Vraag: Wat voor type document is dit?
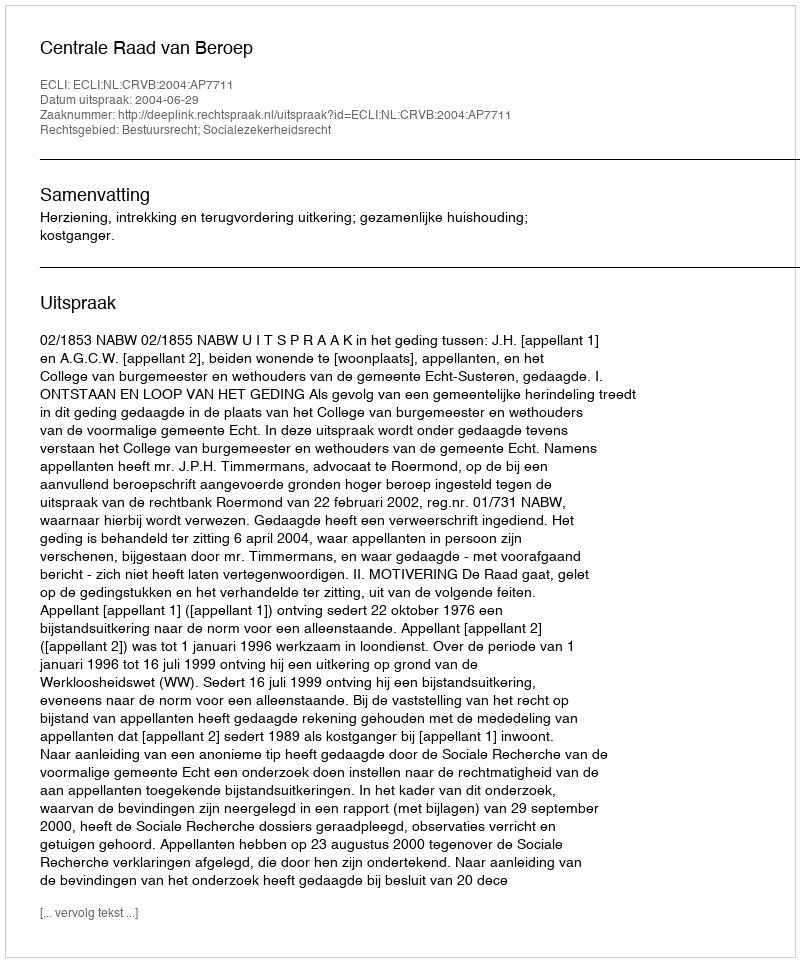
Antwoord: Uitspraak